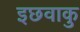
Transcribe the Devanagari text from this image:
इछवाकु